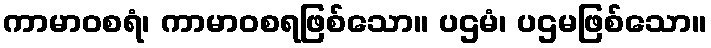
ကာမာဝစရံ၊ ကာမာဝစရဖြစ်သော။ ပဌမံ၊ ပဌမဖြစ်သော။